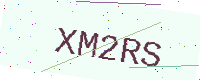
Text: XM2RS